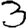
Digit: 3